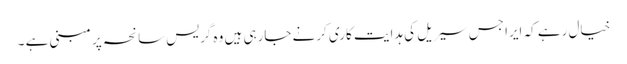
خیال رہے کہ ایرا جس سیریل کی ہدایت کاری کرنے جارہی ہیں وہ گریس سانحہ پر مبنی ہے ۔